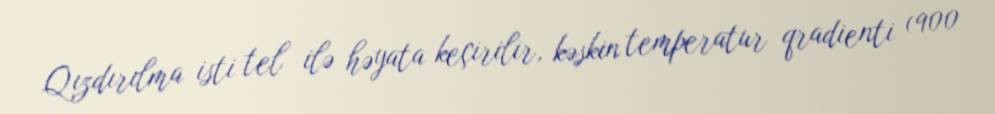
Qızdırılma isti tel ilə həyata keçirilir, kəskin temperatur qradienti (900